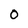
Character: 0